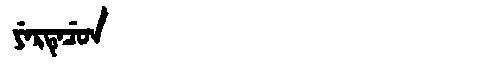
Manchu: ᠶᡝᡵᡨᡝᠴᡠᠨ
Romanization: YERTECUN